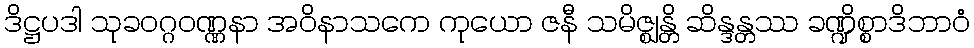
ဒိဋ္ဌပဒါ သုခဝဂ္ဂဝဏ္ဏနာ အဝိနာသကေ ကုယော ဇနီ သမိဇ္ဈန္တိ ဆိန္ဒန္တဿ ခဏ္ဍိစ္စာဒိဘာဝံ